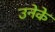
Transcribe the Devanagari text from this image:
उनेके